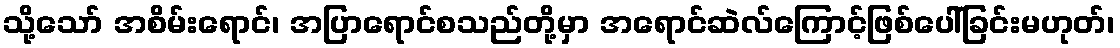
သို့သော် အစိမ်းရောင်၊ အပြာရောင်စသည်တို့မှာ အရောင်ဆဲလ်ကြောင့်ဖြစ်ပေါ်ခြင်းမဟုတ်၊